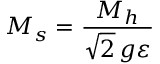
M _ { s } = \frac { M _ { h } } { \sqrt { 2 } \, g \varepsilon }